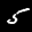
Label: 5